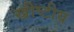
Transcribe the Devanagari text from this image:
ख्रीष्टीय